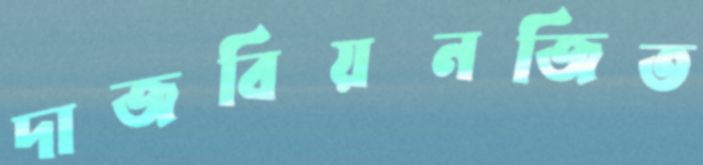
দাজবিয়নজিত